Annual report on the Civil Veterinary Department, Burma (including the Insein Veterinary School) - 1923-1931
Year: 1923
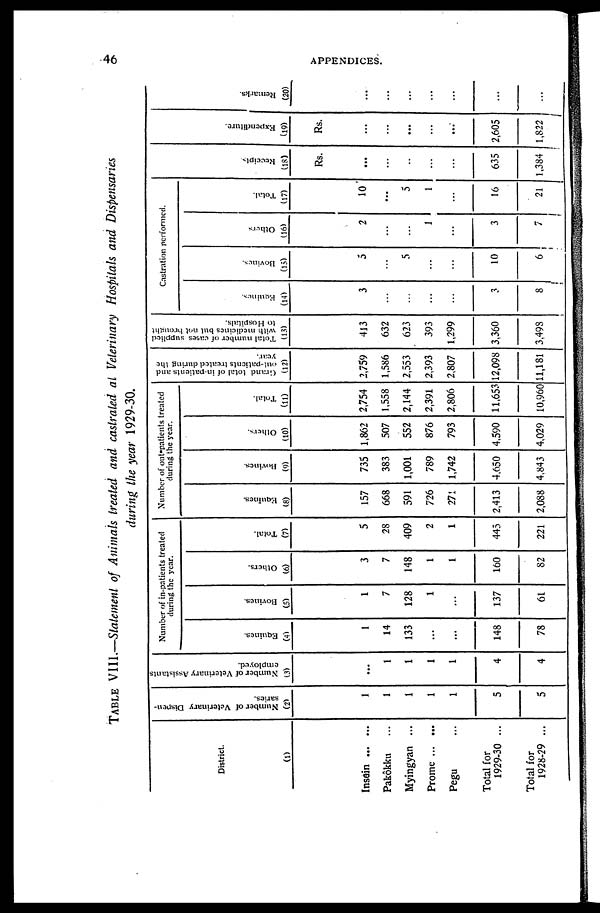
46
APPENDICES.
TABLE VIII.—Statement of Animals treated and castrated at Veterinary Hospitals and Dispensaries
during the year 1929-30.
District.
(1)
Insein ... ...
Pakôkku ...
Myingyan ...
Prome ... ...
Pegu ...
Total for
1929-30 ...
Total for
1928-29 ...
Number of Veterinary Dispen-
saries.
(2)
1
1
1
1
1
5
5
Number of Veterinary Assistant
employed.
(3)
...
1
1
1
1
4
4
Number of in-patients treated
during the year.
Equines.
(4)
1
14
133
...
...
148
78
Bovines.
(5)
1
7
128
1
...
137
61
Others.
(6)
3
7
148
1
1
160
82
Total.
(7)
5
28
409
2
1
445
221
Number of out-patients treated
during the year.
Equines.
(8)
157
668
591
726
271
2,413
2,088
Bovines
(9)
735
383
1,001
789
1,742
4.650
4,843
Others.
(10)
1,862
507
552
876
793
4.590
4,029
Total.
(11)
2,754
1,558
2,144
2,391
2,806
11,653
10,960
Grand
total of in-patients and
out-patients
treated during the
year.
(12)
2,759
1,586
2,553
2,393
2,807
12,098
11,181
Total number of cases supplied
with medicines but not brought
to Hospitals.
(13)
413
632
623
393
1,299
3,360
3,498
Castration performed.
Equines.
(14)
3
...
...
...
...
3
8
Bovines.
(15)
5
...
5
...
...
10
6
Others
(16)
2
...
...
1
...
3
7
Total.
(17)
10
...
5
1
...
16
21
Receipts
(18)
Rs.
...
...
...
...
...
635
1,384
Expenditure.
(19)
Rs.
...
...
...
...
...
2,605
1,822
Re ma r
ks .
(20)
...
...
...
...
...
...
...